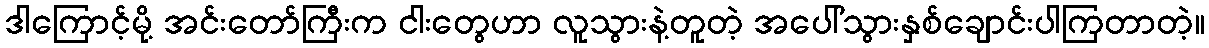
ဒါကြောင့်မို့ အင်းတော်ကြီးက ငါးတွေဟာ လူသွားနဲ့တူတဲ့ အပေါ်သွားနှစ်ချောင်းပါကြတာတဲ့။